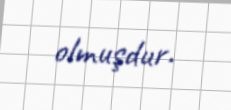
olmuşdur.